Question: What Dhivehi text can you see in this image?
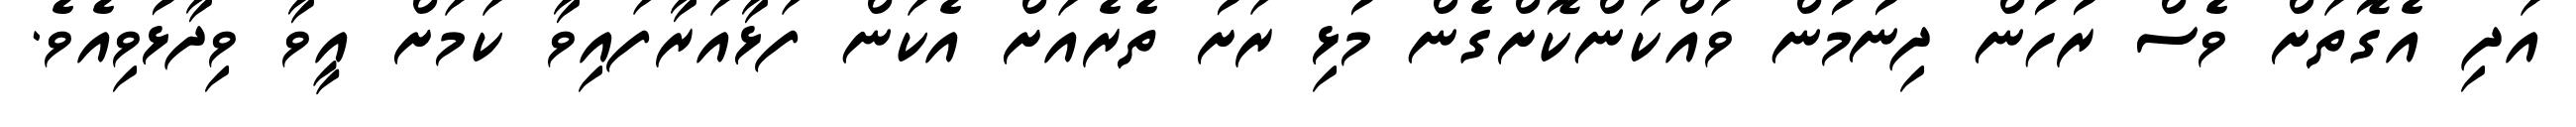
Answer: އަދި އެގޮތަށް ވެސް ރުހުން ދިނުމުން ވައްކަންކޮށްގެން މުޅި ރަށު ތެރެއަށް އެކަން ފަޅާއަރާފައިވާ ކަމަށް އީވާ ވިދާޅުވިއެވެ.